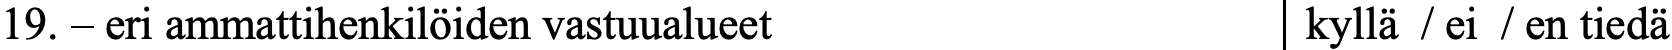
19. – eri ammattihenkilöiden vastuualueet  kyllä / ei / en tiedä